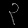
Digit: ၃